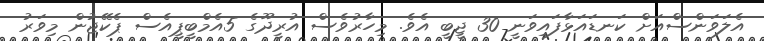
އެލަވަންސްއަށް ކަނޑައަޅާފައިވަނީ 30 ޖީބީ އެވެ. މިހާރުވެސް އުރީދޫގެ 5އެމްބީޕީއެސް ޕެކޭޖުން މިވަރު